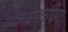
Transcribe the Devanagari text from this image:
एकघातीय